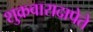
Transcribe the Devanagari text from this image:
शुक्रवारादापेते